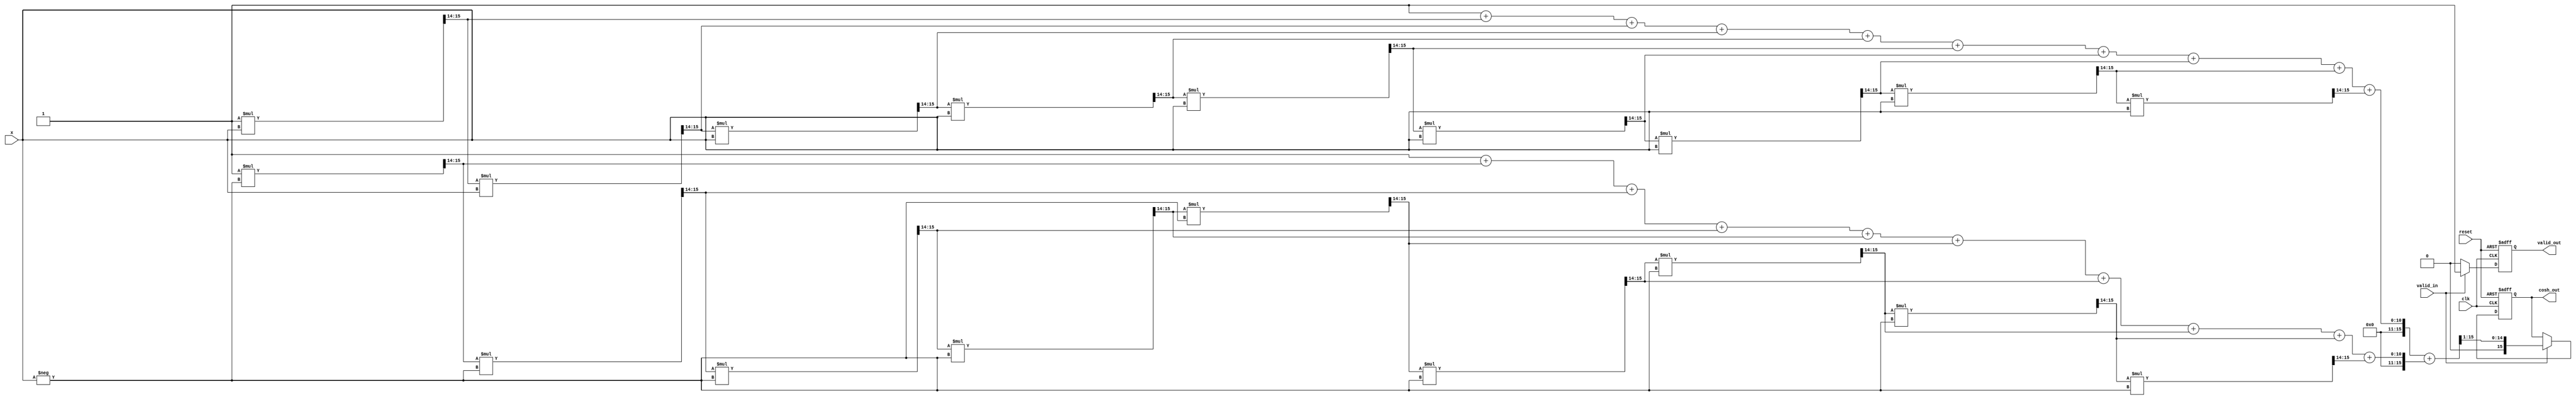
module cosh_arithmetic_block (
    input wire [15:0] x,          // 16-bit fixed-point input
    output reg [15:0] cosh_out,   // 16-bit fixed-point output
    input wire clk,               // Clock signal
    input wire reset,             // Reset signal
    input wire valid_in,          // Input valid signal
    output reg valid_out          // Output valid signal
);

    // Internal signals
    wire [15:0] exp_x;            // e^x
    wire [15:0] exp_neg_x;        // e^(-x)
    wire [15:0] sum;              // e^x + e^(-x)

    // Exponential calculation using a simple Taylor series approximation
    function [15:0] exp_func;
        input [15:0] val;
        reg [15:0] term;
        reg [15:0] result;
        integer i;
        begin
            result = 16'h0001; // e^0 = 1
            term = 16'h0001;   // First term (x^0 / 0!)
            for (i = 1; i < 10; i = i + 1) begin
                term = (term * val) >> 14; // (val^i / i!) approximation
                result = result + term;
            end
            exp_func = result;
        end
    endfunction

    // Calculate e^x and e^(-x)
    assign exp_x = exp_func(x);
    assign exp_neg_x = exp_func(-x);

    // Adder to compute e^x + e^(-x)
    assign sum = exp_x + exp_neg_x;

    // Divide by 2 (right shift by 1 for fixed-point)
    always @(posedge clk or posedge reset) begin
        if (reset) begin
            cosh_out <= 16'b0;
            valid_out <= 1'b0;
        end else if (valid_in) begin
            cosh_out <= sum >> 1; // Divide by 2
            valid_out <= 1'b1;     // Output valid
        end else begin
            valid_out <= 1'b0;     // Output not valid
        end
    end

endmodule